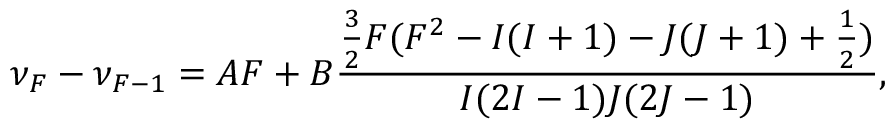
\nu _ { F } - \nu _ { F - 1 } = A F + B \frac { \frac { 3 } { 2 } F ( F ^ { 2 } - I ( I + 1 ) - J ( J + 1 ) + \frac { 1 } { 2 } ) } { I ( 2 I - 1 ) J ( 2 J - 1 ) } ,